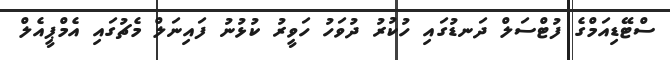
ސްޓޭޑިއަމްގެ ފުޓްސަލް ދަނޑުގައި ހުކުރު ދުވަހު ހަވީރު ކުޅުނު ފައިނަލް މެޗުގައި އެމްޕީއެލް